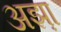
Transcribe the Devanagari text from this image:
अझ़ा